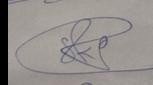
Signature authenticity: genuine